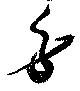
労